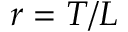
r = T / L